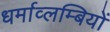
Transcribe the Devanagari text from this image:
धर्माव्लम्बियों